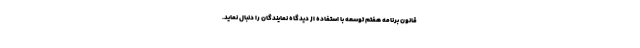
قانون برنامه هفتم توسعه با استفاده از دیدگاه نمایندگان را دنبال نماید.